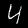
Label: 4